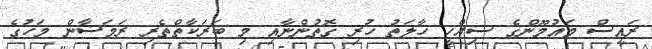
ރައީސް މައުމޫންގެ ސިއްހީ ހާލަތު ހުރި ގޮތުންނާއި މި ބަރަކާތްތެރި ރަމަޟާން މަހުގެ